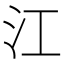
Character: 江